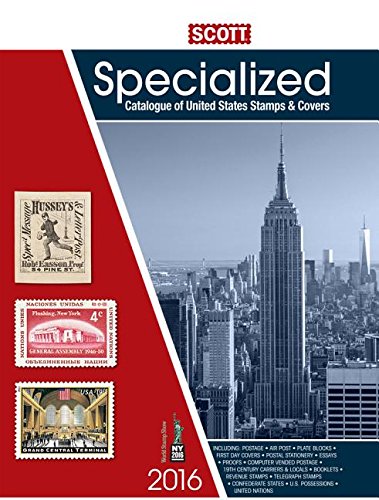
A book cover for Scott Specialized Catalogue of United States Stamps and Covers; Crafts, Hobbies & Home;